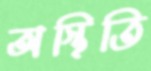
অস্থিতি